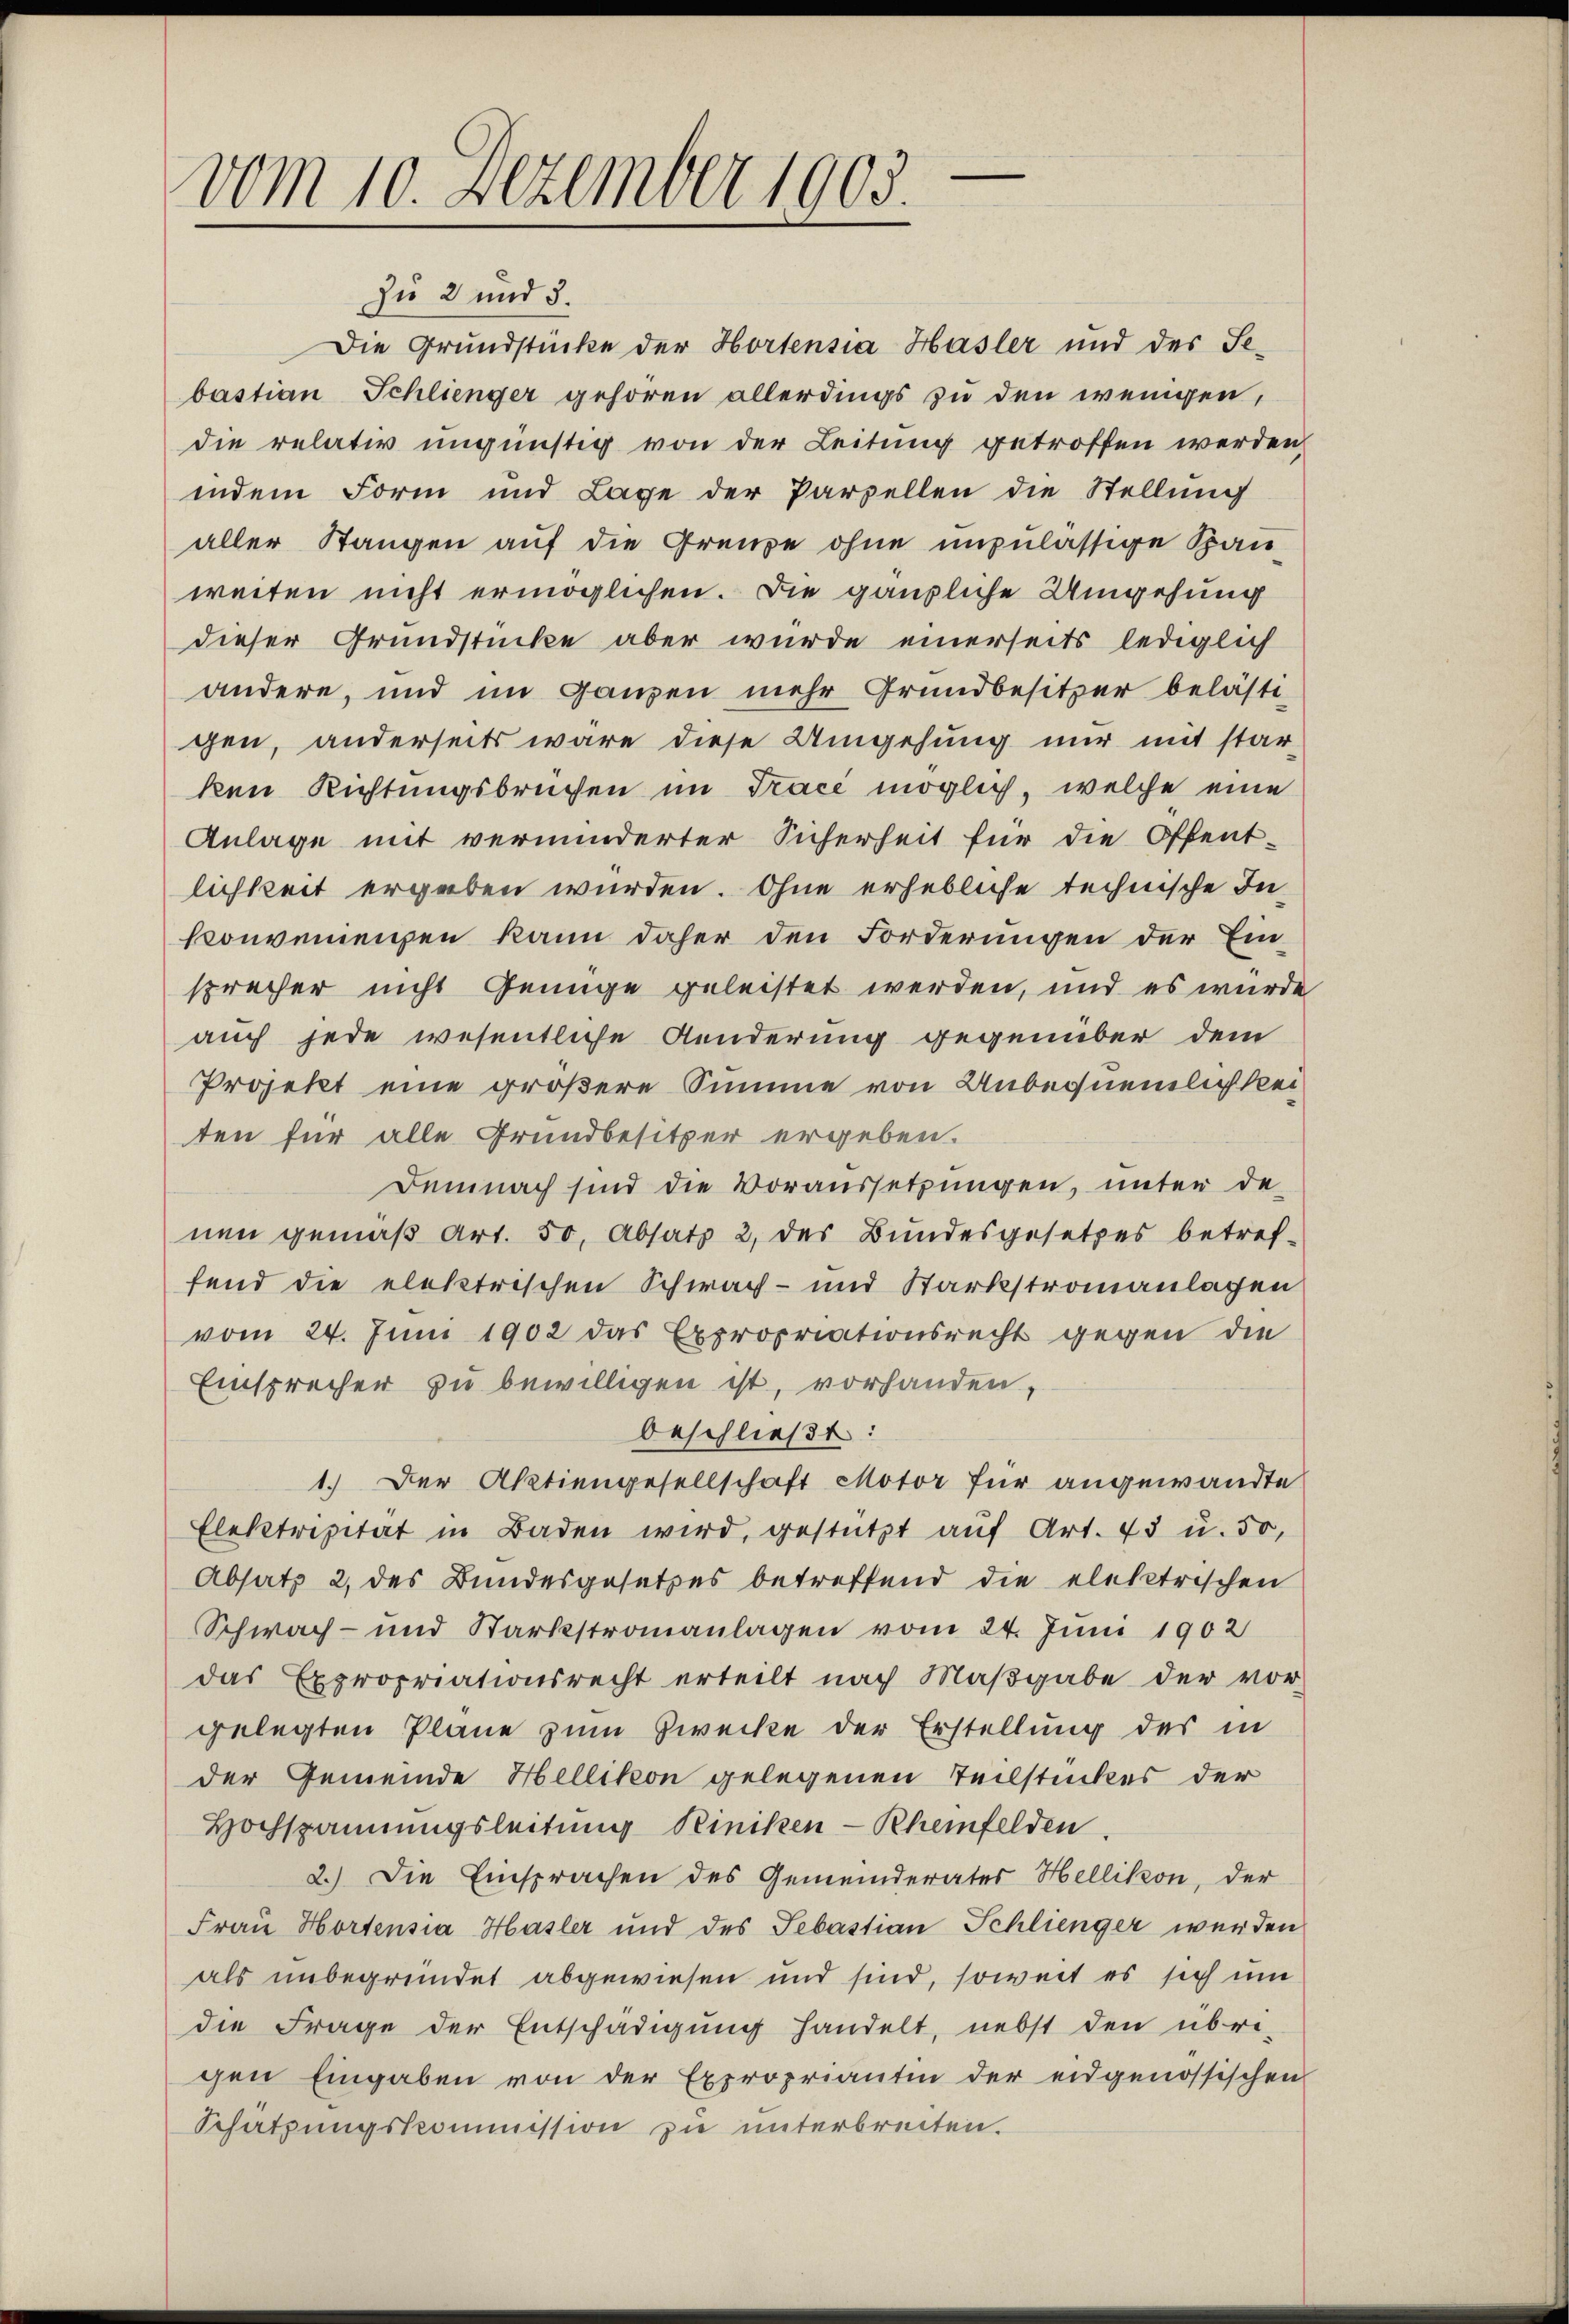
.
vom 10. Dezember 1903.

zu 2 und 5.
Die Grundstücke der Hortensia Hasler und des Sebastian Schlienger gehören allerdings zu den wenigen,
die relativ ungünstig von der Leitung getroffen werden,
indem Form und Lage der Parzellen die Stellung
aller Stangen auf die Grenze ohne unzulässige Bau
weiten nicht ermöglichen. Die gänzliche Umgehung
dieser Grundstücke aber wurde einerseits lediglich
andere, und im Ganzen mehr Grundbesitzer belästi-
gen, anderseits wäre diese Umgehung nur mit star-
ken Richtungsbrüchen im Trace möglich, welche eine
Anlage mit verminderter Sicherheit für die Offent-
lichkeit ergeben wurden. Ohne erhebliche technische In-
konvenienzen kann daher den Forderungen der Einsprecher nicht Genüge geleistet werden, und es wurde
auch jede wesentliche Aenderung gegenüber dem
Projekt eine größere Summe von Unbequemlichkeiten für alle Grundbesitzer ergeben.
Demnach sind die Voraussetzungen, unter de
nen gemäβ Art. 50, Absatz 2 des Bundesgesetzes betref-
fend die elektrischen Schwach- und Stärkstromanlagen
vom 24. Juni 1902 das Expropriationsrecht gegen die
Einsprecher zu bewilligen ist, vorhanden,
beschließt:
1.) Der Aktiengesellschaft Motor für angewandte
Elektrizität in Baden wird, gestützt aŭf Art. 73 u. 50,
Absatz 2 des Bundesgesetzes betreffend die elektrischen
Schwach- und Sarkstronanlagen vom 24. Juni 1902
das Expropriationsrecht erteilt nach Maβgabe der vor-
gelegten Pläne zum Zwecke der Erstellung des in
der Gemeinde Hellikon gelegenen Teilstückes der
Hochspannungsleitung Riniken-Rheinfelden
2.) Die Einsprachen des Gemeinderates Hellikon, der
Frau Hortensia Hasler und des Sebastian Schlienger werden
als unbegründet abgewiesen und sind, soweit es sich um
die Frage der Entschädigung handelt, nebst den übri-
gen Eingaben von der Expropriantin der eidgenössischen
Schatzungskommission zu unterbreiten.